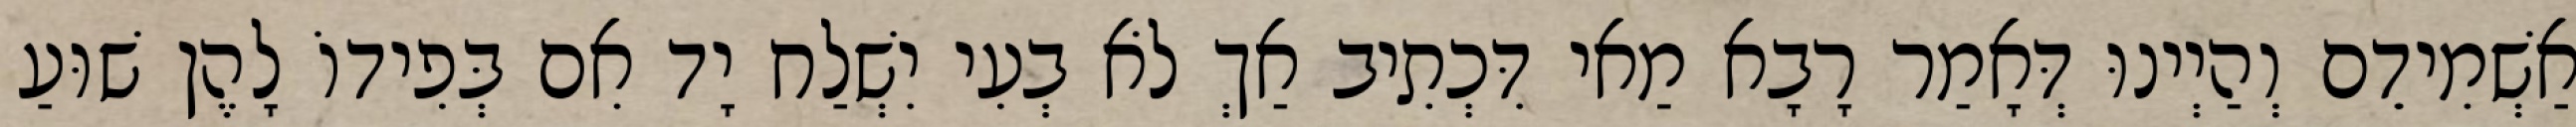
אַשְׁמִידֵם וְהַיְינוּ דְּאָמַר רָבָא מַאי דִּכְתִיב אַךְ לֹא בְעִי יִשְׁלַח יָד אִם בְּפִידוֹ לָהֶן שׁוּעַ